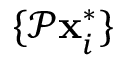
\{ \mathcal P \mathbf { x } _ { i } ^ { * } \}